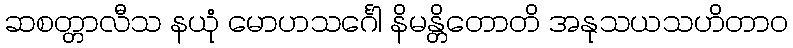
ဆစတ္တာလီသ နယုံ မောဟသင်္ဂေါ နိမန္တိတောတိ အနုသယသဟိတာဝ